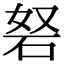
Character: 砮